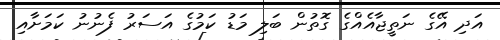
އަދި އޭގެ ނަތީޖާއެއްގެ ގޮތުން ބަލި މަޑު ކަމުގެ އަސަރު ފެނުނު ކަމަށާއި